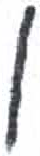
אות: ו